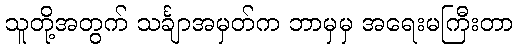
သူတို့အတွက် သင်္ချာအမှတ်က ဘာမှမှ အရေးမကြီးတာ